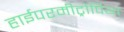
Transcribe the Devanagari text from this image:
हाईपरमीट्रोपिया